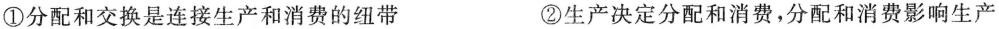
①分配和交换是连接生产和消费的纽带 ②生产决定分配和消费，分配和消费影响生产